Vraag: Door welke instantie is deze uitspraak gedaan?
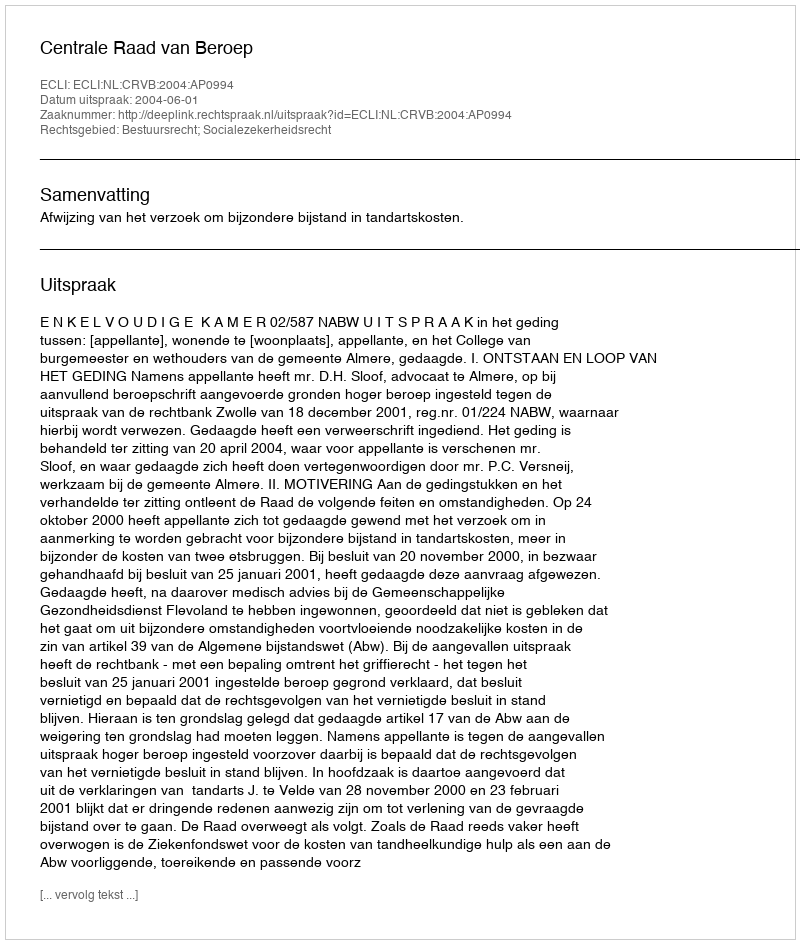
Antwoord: Centrale Raad van Beroep